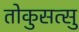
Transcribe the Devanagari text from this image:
तोकुसत्सु